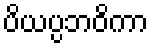
ပိယပ္ပဘဝိကာ